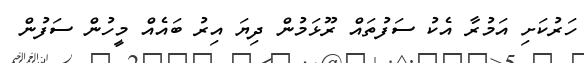
ހަރުކަށި އަމުރާ އެކު ސަފުތައް ރޫޅަމުން ދިޔަ އިރު ބައެއް މީހުން ސަފުން